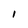
Character: 1